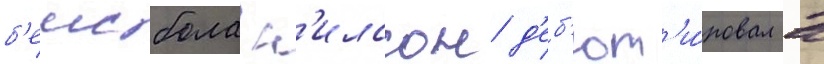
б'еисбола н'илссон д'еб'ют'и́ровал в